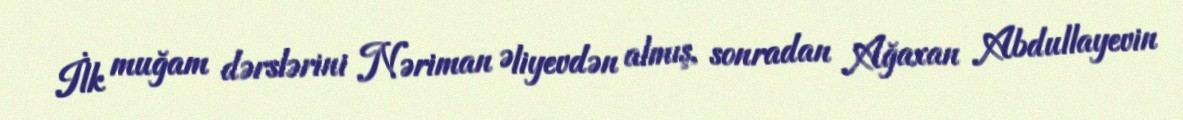
İlk muğam dərslərini Nəriman Əliyevdən almış, sonradan Ağaxan Abdullayevin